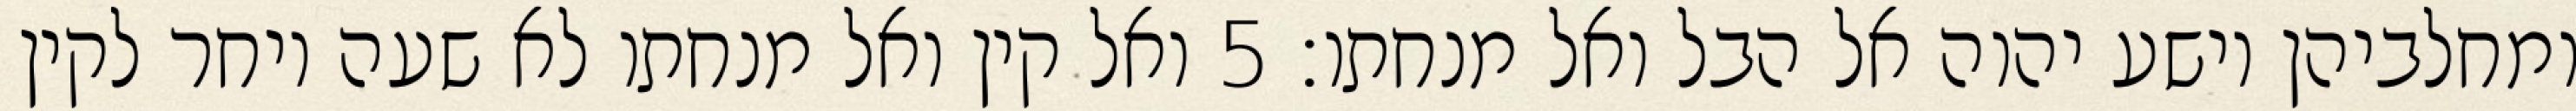
ומחלביהן וישע יהוה אל הבל ואל מנחתו׃ ‎5‏ ואל קין ואל מנחתו לא שעה ויחר לקין